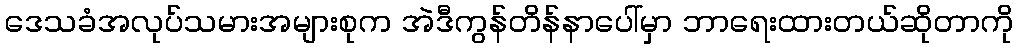
ဒေသခံအလုပ်သမားအများစုက အဲဒီကွန်တိန်နာပေါ်မှာ ဘာရေးထားတယ်ဆိုတာကို